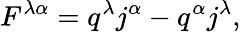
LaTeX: F^{\lambda\alpha}=q^{\lambda}j^{\alpha}-q^{\alpha}j^{\lambda},